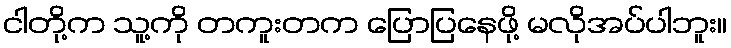
ငါတို့က သူ့ကို တကူးတက ပြောပြနေဖို့ မလိုအပ်ပါဘူး။